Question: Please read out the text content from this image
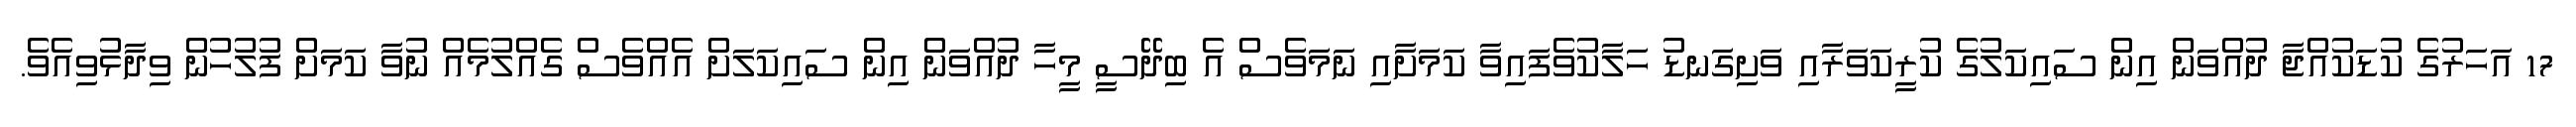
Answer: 17 އަހަރުގެ ކުޑަކުއްޖާ ދުއްވަން އިން ސައިކަލުގެ ކުރީކަވަރާއި ވަށިގަނޑު ހަލާކުވެފައިވާ ކަމަށާއި ނަމަވެސް އެ ބިދޭސީ މީހާ ދުއްވަން އިން ސައިކަލަށް އެއްވެސް ގެއްލުމެއް ނުވާ ކަމަށް ފުލުހުން ވިދާޅުވިއެވެ.